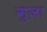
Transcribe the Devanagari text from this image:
गुजा